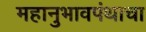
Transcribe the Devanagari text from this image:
महानुभावपंथाचा